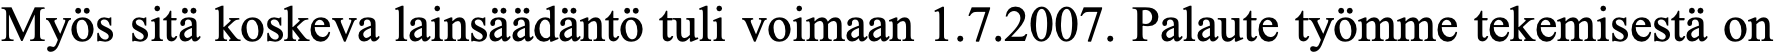
Myös sitä koskeva lainsäädäntö tuli voimaan 1.7.2007. Palaute työmme tekemisestä on